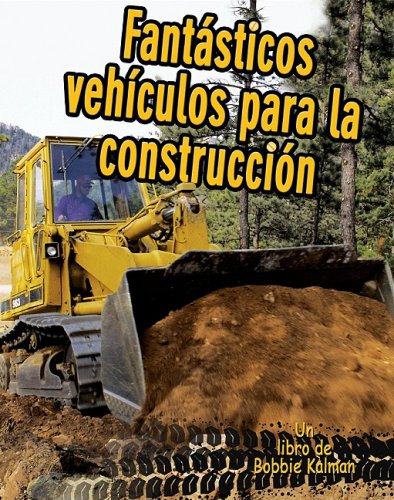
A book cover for Fantasticos Vehiculos Para La Construccion (Vehiculos En Accion / Vehicles on the Move) (Spanish Edition); Kelley Macaulay; Children's Books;